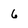
Character: 6